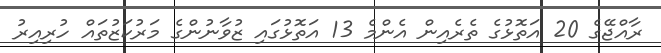
ރާއްޖޭގެ 20 އަތޮޅުގެ ތެރެއިން އެންމެ 13 އަތޮޅުގައި ޒުވާނުންގެ މަރުކަޒުތައް ހުރިއިރު